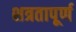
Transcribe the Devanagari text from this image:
शत्रतापूर्ण